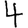
Digit: 4